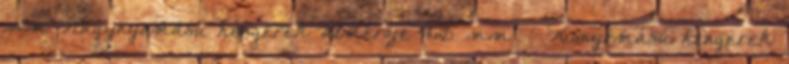
mm Nagynyomású hengerek átmérője 460 mm – Kisnyomású hengerek